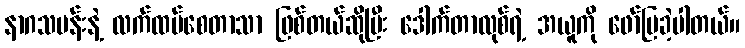
နာဂသမန်းနဲ့ လက်ထပ်စေတာသာ ဖြစ်တယ်ဆိုပြီး ဒေါက်တာလုစ်ရဲ့ အယူကို ဖော်ပြခဲ့ပါတယ်။